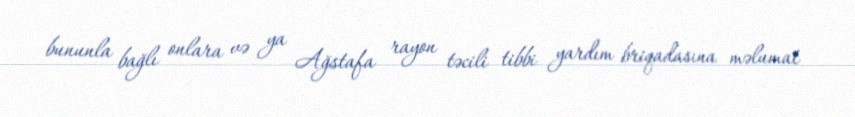
bununla bağlı onlara və ya Ağstafa rayon təcili tibbi yardım briqadasına məlumat